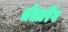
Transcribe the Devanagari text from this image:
सेंतारिंग